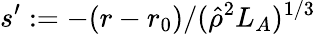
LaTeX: s^{\prime}:=-(r-r_{0})/(\hat{\rho}^{2}L_{A})^{1/3}